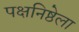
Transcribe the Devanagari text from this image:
पक्षनिष्ठेला